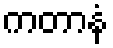
ကတာနံ